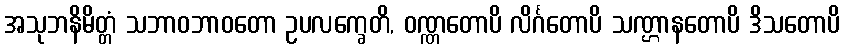
အသုဘနိမိတ္တံ သဘာဝဘာဝတော ဥပလက္ခေတိ, ဝဏ္ဏတောပိ လိင်္ဂတောပိ သဏ္ဌာနတောပိ ဒိသတောပိ